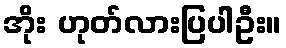
အိုး ဟုတ်လားပြပါဦး။